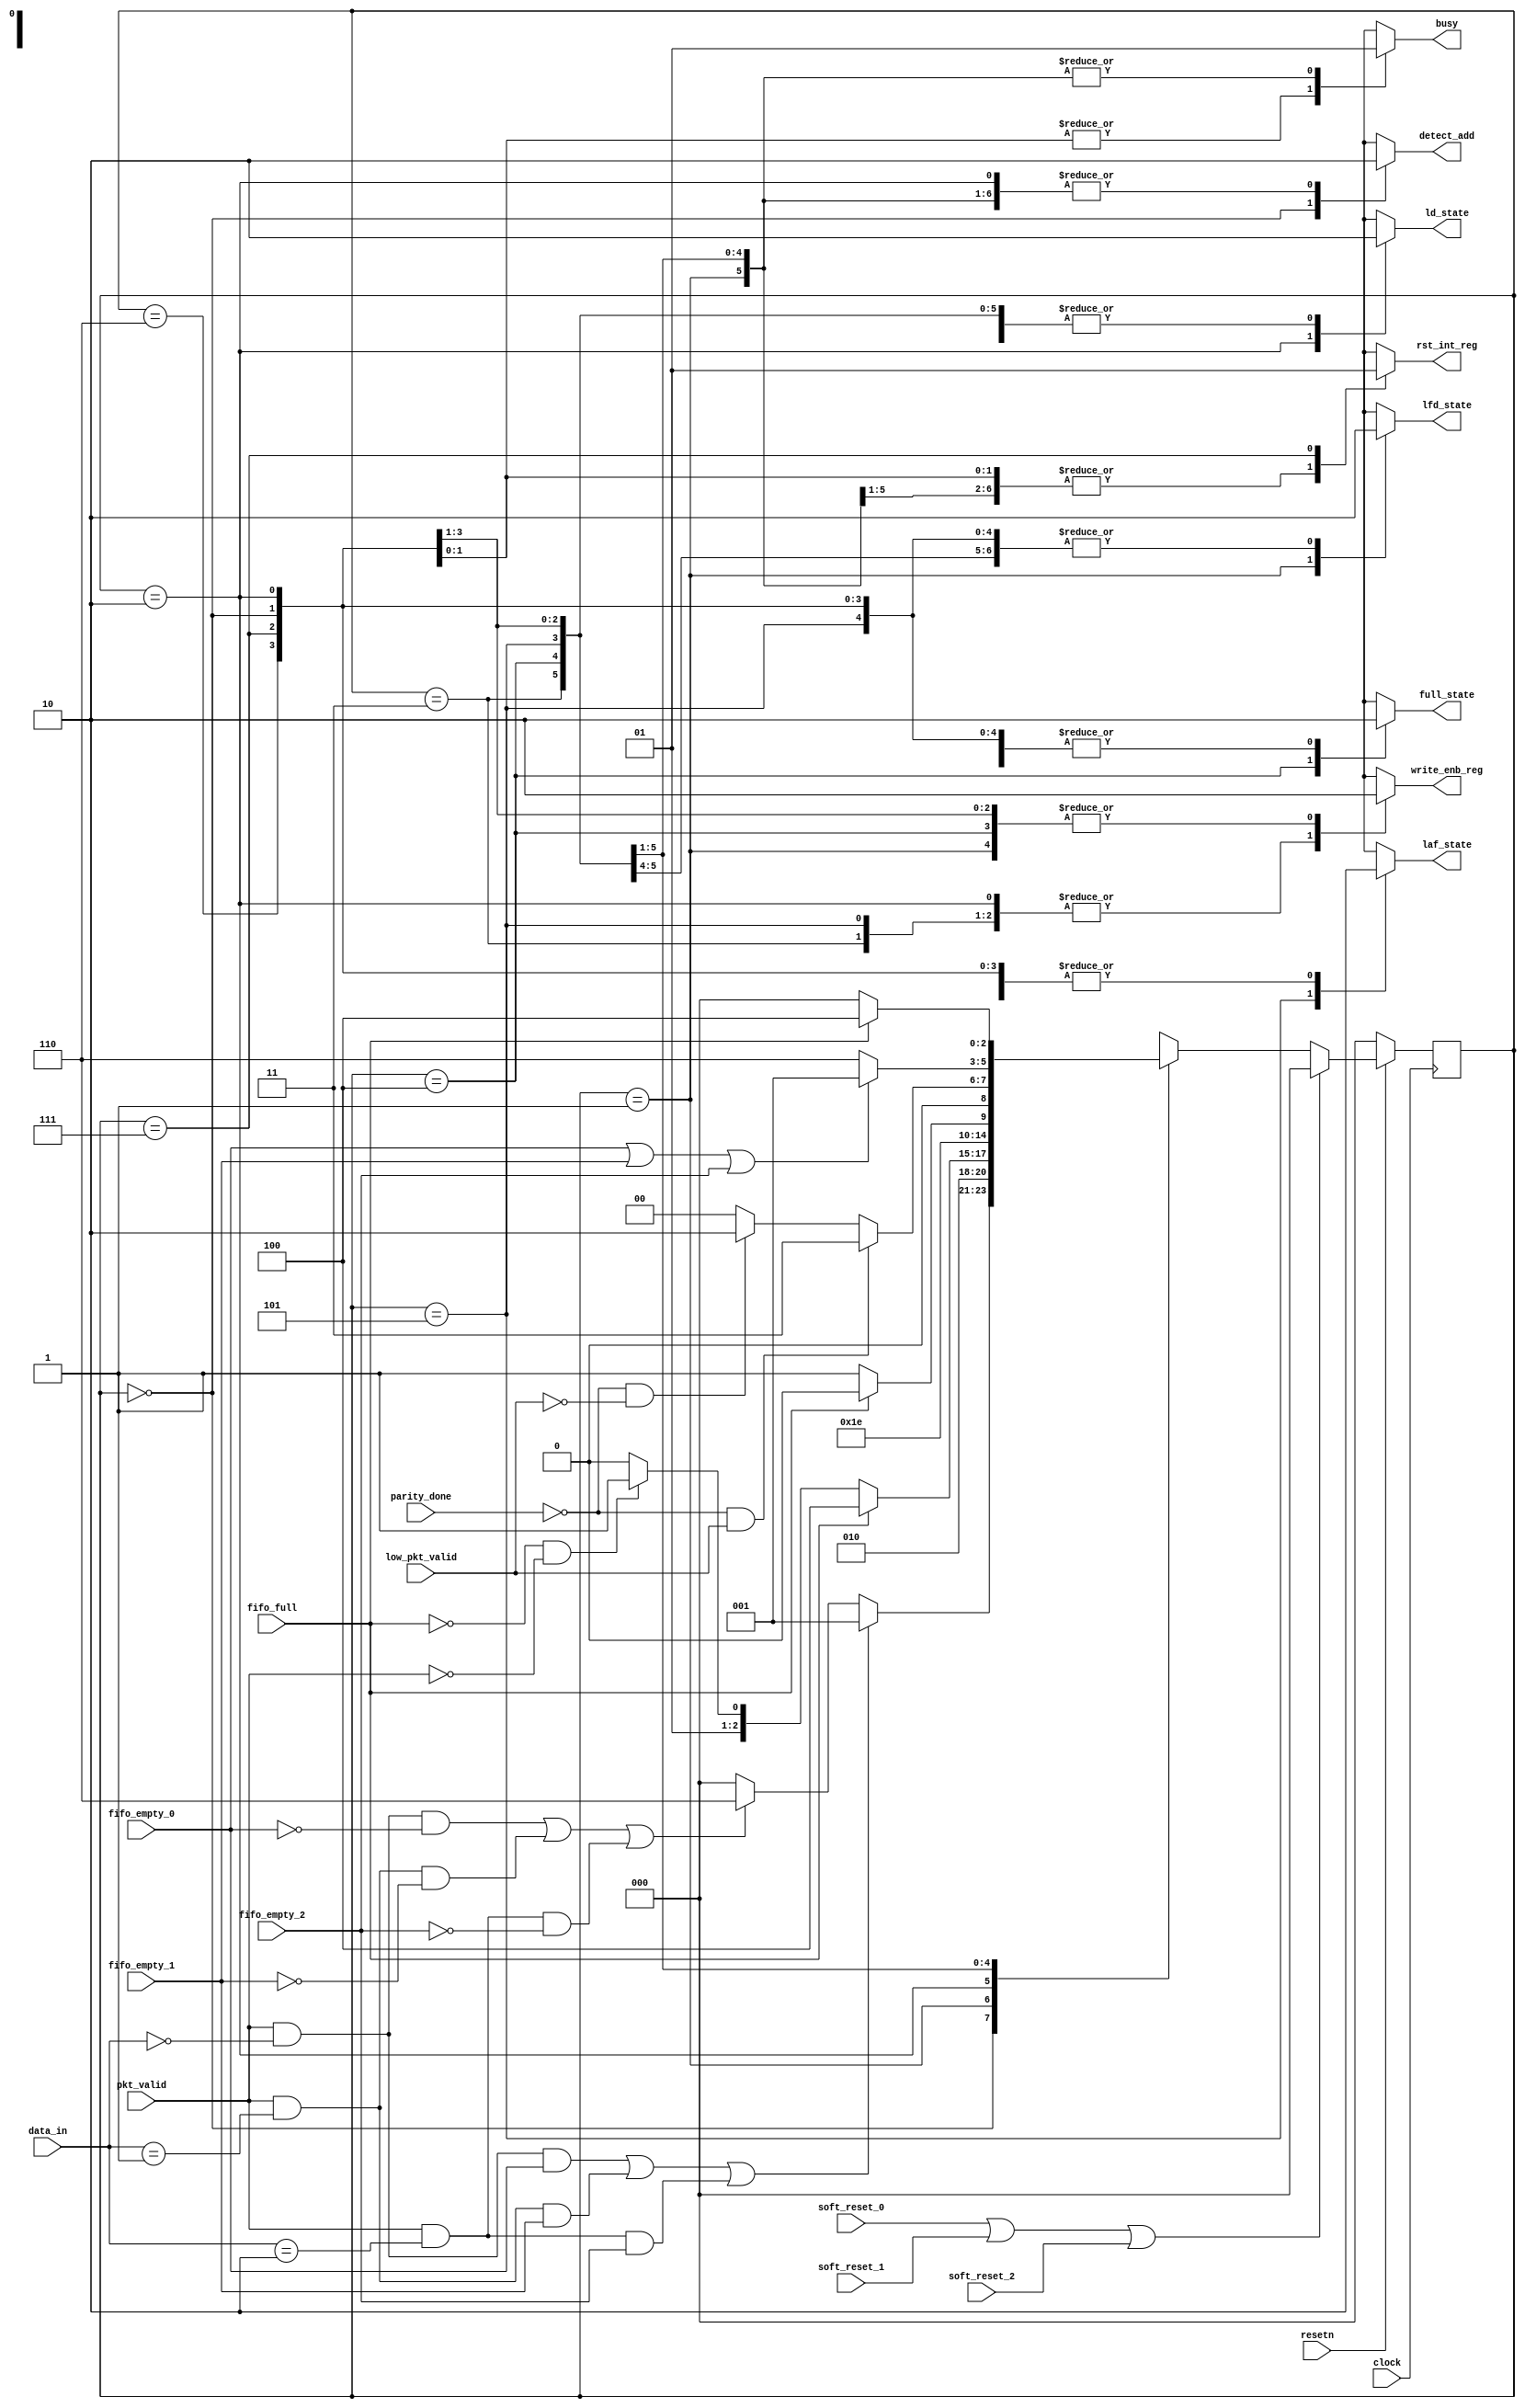
module router_fsm(input clock,resetn,pkt_valid,fifo_full,fifo_empty_0,fifo_empty_1,fifo_empty_2,soft_reset_0,soft_reset_1,soft_reset_2,
				  parity_done,low_pkt_valid,input [1:0]data_in, output reg write_enb_reg,detect_add,ld_state,laf_state,lfd_state,
				  full_state,rst_int_reg,busy);


parameter DECODE_ADDRESS = 3'b000,
		  LOAD_FIRST_DATA = 3'b001,
		  LOAD_DATA = 3'b010,
		  LOAD_PARITY = 3'b011,
		  FIFO_FULL_STATE = 3'b100,
		  LOAD_AFTER_FULL = 3'b101,
		  WAIT_TILL_EMPTY = 3'b110,
		  CHECK_PARITY_ERROR = 3'b111;
		  
reg [2:0]NEXT_STATE,STATE;

always@(posedge clock)
	begin
	  if(!resetn)
	  STATE <= DECODE_ADDRESS;
	  else if(soft_reset_0 | soft_reset_1 | soft_reset_2)
	  STATE <= DECODE_ADDRESS;
	  else
	  STATE <= NEXT_STATE;
	end
	
always@(*)
	begin
	{busy, lfd_state, ld_state, laf_state, write_enb_reg, full_state, rst_int_reg, detect_add} = 'b0;
	NEXT_STATE = DECODE_ADDRESS;
	  case(STATE)
		DECODE_ADDRESS      : begin
								detect_add = 1'b1;
								if((pkt_valid && (data_in == 0) && fifo_empty_0)||(pkt_valid && (data_in == 1) && fifo_empty_1)||(pkt_valid && (data_in == 2) && fifo_empty_2))
									NEXT_STATE = LOAD_FIRST_DATA;
								else if((pkt_valid && (data_in == 0) && !fifo_empty_0)||(pkt_valid && (data_in == 1) && !fifo_empty_1)||(pkt_valid && (data_in == 2) && !fifo_empty_2))
									NEXT_STATE = WAIT_TILL_EMPTY;
								else NEXT_STATE = DECODE_ADDRESS;
						      end
		LOAD_FIRST_DATA     : begin
								lfd_state = 1'b1;
								busy = 1'b1;
								NEXT_STATE = LOAD_DATA;
						      end
		LOAD_DATA           :begin
								ld_state = 1'b1;
								write_enb_reg = 1'b1;
								if(fifo_full)
								   NEXT_STATE = FIFO_FULL_STATE;
								else if(!fifo_full && !pkt_valid)
								   NEXT_STATE = LOAD_PARITY;
								else
								  NEXT_STATE = LOAD_DATA;
						      end
		LOAD_PARITY			:begin
								write_enb_reg = 1'b1;
								busy = 1'b1;
								NEXT_STATE = CHECK_PARITY_ERROR;
							 end
		FIFO_FULL_STATE		:begin
								full_state = 1'b1;
								busy = 1'b1;
								if(!fifo_full)
								NEXT_STATE = LOAD_AFTER_FULL;
								else
								NEXT_STATE = FIFO_FULL_STATE;
						      end
		LOAD_AFTER_FULL		:begin
								laf_state = 1'b1;
								write_enb_reg = 1'b1;
								busy = 1'b1;
								if(!parity_done && low_pkt_valid)
								NEXT_STATE = LOAD_PARITY;
								else if(!parity_done && !low_pkt_valid)
								NEXT_STATE = LOAD_DATA;
								else if(parity_done)
								NEXT_STATE = DECODE_ADDRESS;
							  end
		WAIT_TILL_EMPTY		:begin
								busy = 1'b1;
								if(fifo_empty_0||fifo_empty_1||fifo_empty_2)
								  NEXT_STATE = LOAD_FIRST_DATA;
								else
								  NEXT_STATE = WAIT_TILL_EMPTY;
						      end
		CHECK_PARITY_ERROR	:begin
								rst_int_reg = 1'b1;
								busy = 1'b1;
								if(fifo_full)
								  NEXT_STATE = FIFO_FULL_STATE;
								else if(!fifo_full)
								  NEXT_STATE = DECODE_ADDRESS;
						      end				  
		endcase
	end
endmodule